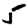
Digit: 5